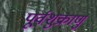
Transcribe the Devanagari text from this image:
पूर्वशुक्राणु